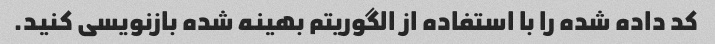
کد داده شده را با استفاده از الگوریتم بهینه شده بازنویسی کنید.